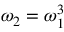
\omega _ { 2 } = \omega _ { 1 } ^ { 3 }